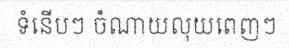
ទំនើបៗ ចំណាយលុយពេញៗ